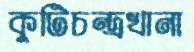
কুটিচন্দ্রখানা